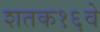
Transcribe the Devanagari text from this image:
शतक१६वे